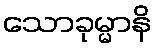
သောခုမ္မာနိ